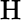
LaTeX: \mathrm{H}